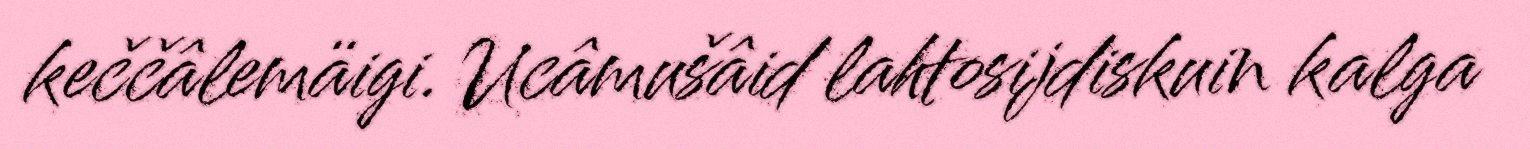
keččâlemäigi. Ucâmušâid lahtosijdiskuin kalga